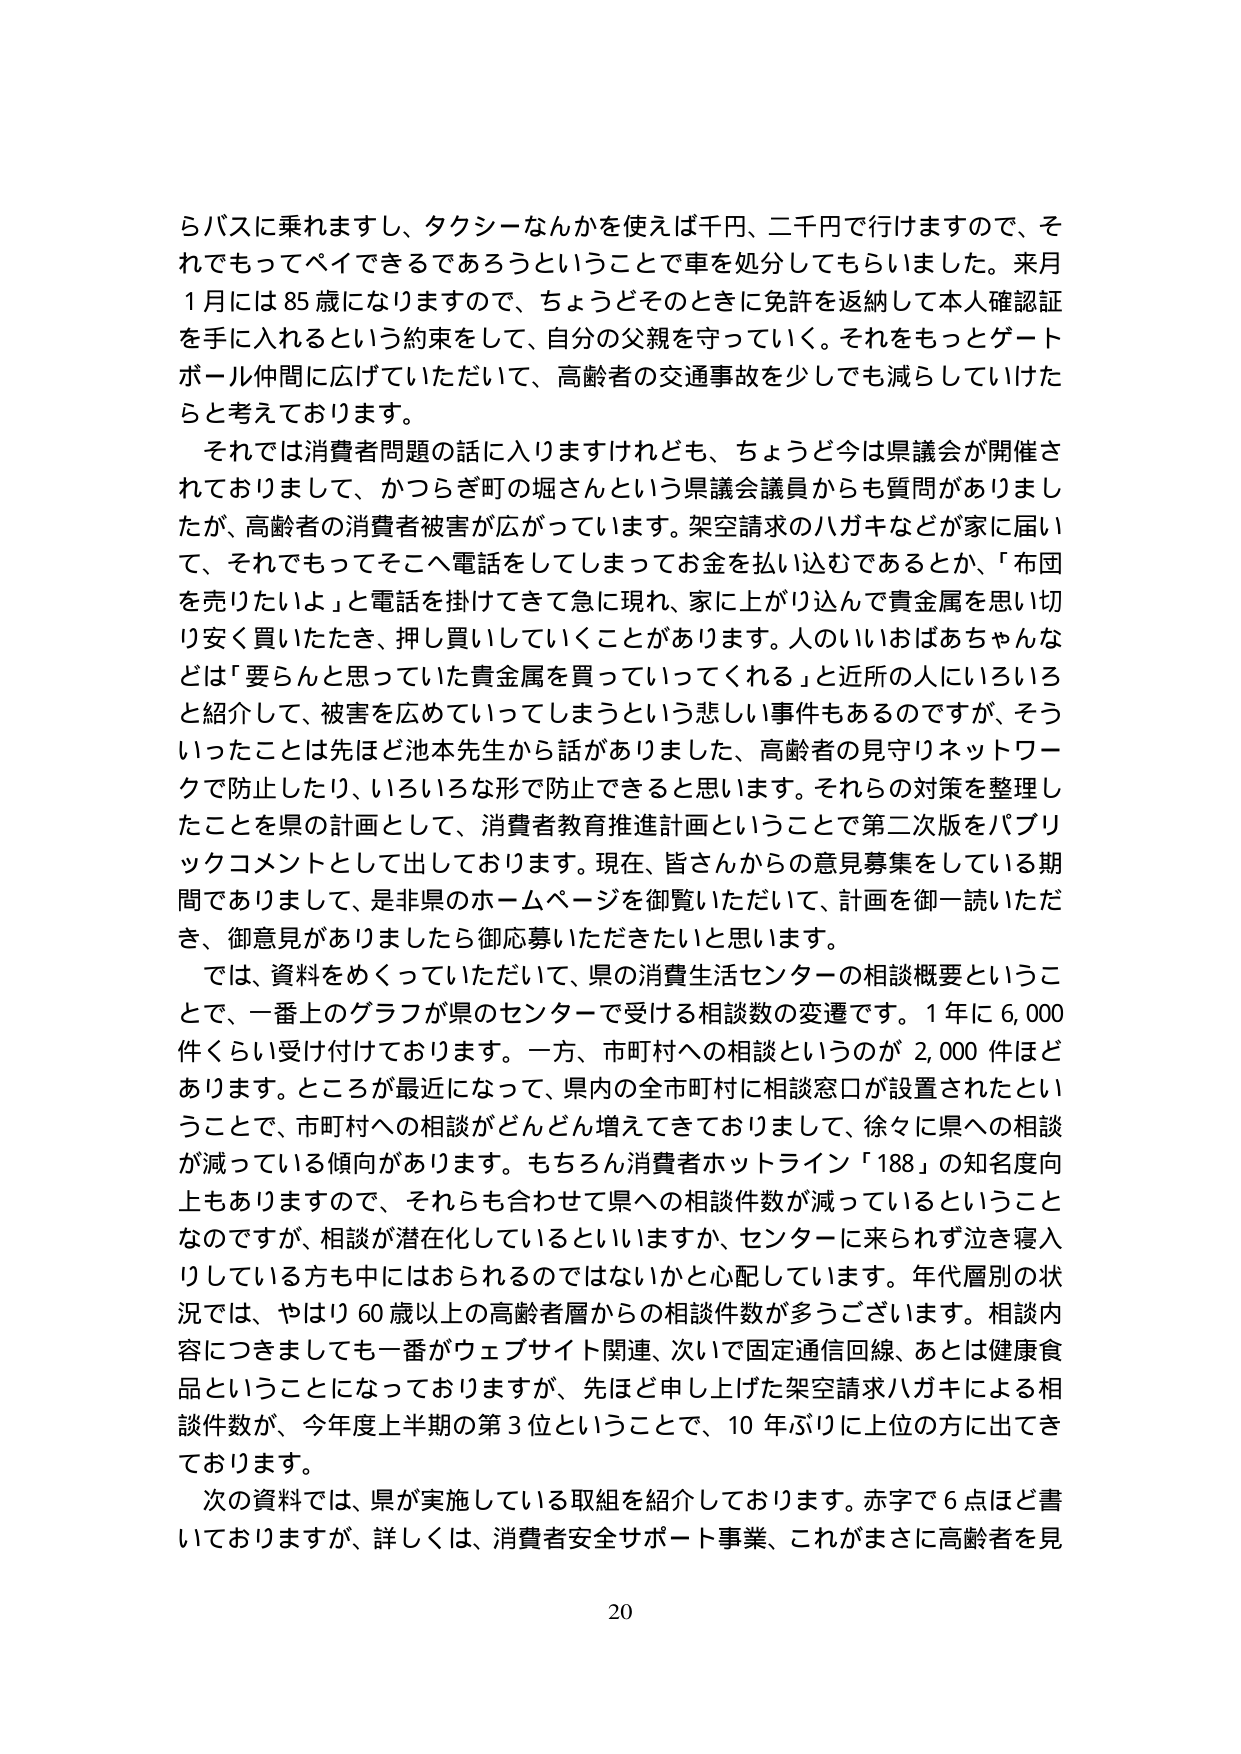
らバスに乗れますし、タクシーなんかを使えば千円、二千円で行けますので、それでもってペイできるであろうということで車を処分してもらいました。来月1月には85歳になりますので、ちょうどそのときに免許を返納して本人確認証を手に入れるという約束をして、自分の父親を守っていく。それをもっとゲートボール仲間に広げていただいて、高齢者の交通事故を少しでも減らしていけたらと考えております。

それでは消費者問題の話に入りますけれども、ちょうど今は県議会が開催されておりまして、かつらぎ町の堀さんという県議会議員からも質問がありましたが、高齢者の消費者被害が広がっています。架空請求のハガキなどが家に届いて、それでもってそこへ電話をしてしまってお金を払い込むであるとか、「布団を売りたいよ」と電話を掛けてきて急に現れ、家に上がり込んで貴金属を思い切り安く買ったたき、押し買いしていくことがあります。人のいいおばあちゃんなどは「要らんと思っていた貴金属を買っていってくれる」と近所の人にいろいろと紹介して、被害を広めていってしまうという悲しい事件もあるのですが、そういったことは先ほど池本先生から話がありました、高齢者の見守りネットワークで防止したり、いろいろな形で防止できると思います。それらの対策を整理したことを県の計画として、消費者教育推進計画ということで第二次版をパブリックコメントとして出しております。現在、皆さんからの意見募集をしている期間でありまして、是非県のホームページを御覧いただいて、計画を御一読いただき、御意見がありましたら御応募いただきたいと思います。

では、資料をめくっていただいて、県の消費生活センターの相談概要ということで、一番上のグラフが県のセンターで受ける相談数の変遷です。1年に6,000件くらい受け付けております。一方、市町村への相談というのが2,000件ほどあります。ところが最近になって、県内の全市町村に相談窓口が設置されたということで、市町村への相談がどんどん増えてきておりまして、徐々に県への相談が減っている傾向があります。もちろん消費者ホットライン「188」の知名度向上もありますので、それらも合わせて県への相談件数が減っているということなのですが、相談が潜在化しているといいますか、センターに来られず泣き寝入りしている方も中にはおられるのではないかと心配しています。年代層別の状況では、やはり60歳以上の高齢者層からの相談件数が多ございます。相談内容につきましても一番がウェブサイト関連、次いで固定通信回線、あとは健康食品ということになっておりますが、先ほど申し上げた架空請求ハガキによる相談件数が、今年度上半期の第3位ということで、10年ぶりに上位の方に出てきております。

次の資料では、県が実施している取組を紹介しております。赤字で6点ほど書いておりますが、詳しくは、消費者安全サポート事業、これがまさに高齢者を見

20